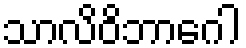
သာလိဝိဘာဂေါ